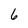
Character: 6